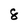
Character: 8